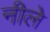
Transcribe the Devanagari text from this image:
नीले